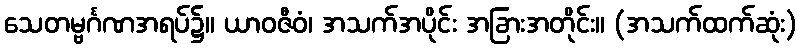
သေတမ္ဗင်္ဂဏအရပ်၌။ ယာဝဇီဝံ၊ အသက်အပိုင်း အခြားအတိုင်း။ (အသက်ထက်ဆုံး)